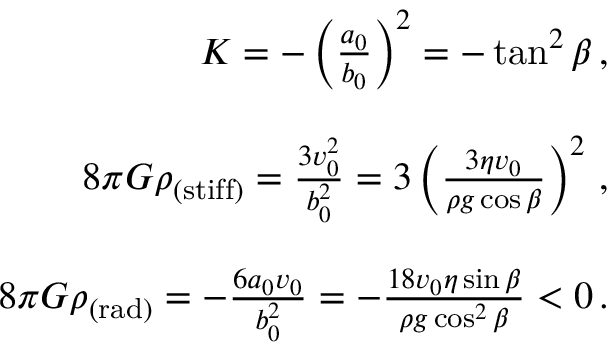
\begin{array} { r l r } & { } & { K = - \left( \frac { a _ { 0 } } { b _ { 0 } } \right) ^ { 2 } = - \tan ^ { 2 } \beta \, , } \\ & { } & \\ & { } & { 8 \pi G \rho _ { \mathrm { ( s t i f f ) } } = \frac { 3 v _ { 0 } ^ { 2 } } { b _ { 0 } ^ { 2 } } = 3 \left( \frac { 3 \eta v _ { 0 } } { \rho g \cos \beta } \right) ^ { 2 } \, , } \\ & { } & \\ & { } & { 8 \pi G \rho _ { \mathrm { ( r a d ) } } = - \frac { 6 a _ { 0 } v _ { 0 } } { b _ { 0 } ^ { 2 } } = - \frac { 1 8 v _ { 0 } \eta \sin \beta } { \rho g \cos ^ { 2 } \beta } < 0 \, . } \end{array}